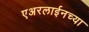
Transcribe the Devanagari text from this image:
एअरलाईनच्या